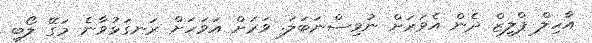
އާހިލް ޕްލީޒް ދެން އެވަރަށް ނުވިސްނަބަލަ. ވަރަށް އަވަހަށް ރަނގަޅުވާނެ މަގޭ ލޯބި